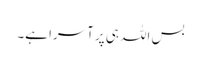
بس اللہ ہی پر آسرا ہے۔